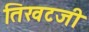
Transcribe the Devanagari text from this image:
तिखटजी